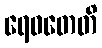
ရေဝတေတိ